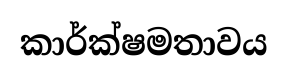
කාර්ක්ෂමතාවය